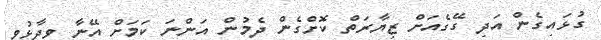
ގުޅައިގެން އަދި ގޭގެއަށް ޒިޔާރަތް ކޮށްގެން ދެމުން އަންނަ ކަމަށް އޭނާ ވިދާޅުވި